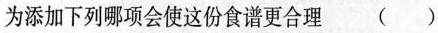
为添加下列哪项会使这份食谱更合理 ( )